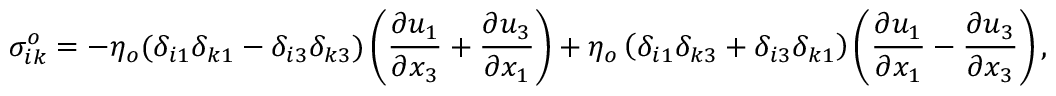
\sigma _ { i k } ^ { o } = - \eta _ { o } ( \delta _ { i 1 } \delta _ { k 1 } - \delta _ { i 3 } \delta _ { k 3 } ) \left( \frac { \partial u _ { 1 } } { \partial x _ { 3 } } + \frac { \partial u _ { 3 } } { \partial x _ { 1 } } \right) + \eta _ { o } \left( \delta _ { i 1 } \delta _ { k 3 } + \delta _ { i 3 } \delta _ { k 1 } \right) \left( \frac { \partial u _ { 1 } } { \partial x _ { 1 } } - \frac { \partial u _ { 3 } } { \partial x _ { 3 } } \right) ,